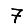
Digit: 7